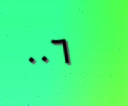
٠٠٦